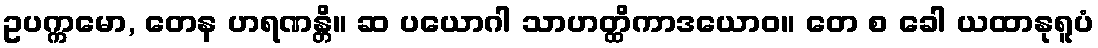
ဥပက္ကမော, တေန ဟရဏန္တိ။ ဆ ပယောဂါ သာဟတ္ထိကာဒယောဝ။ တေ စ ခေါ ယထာနုရူပံ